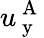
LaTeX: u_{\mathrm{~y~}}^{\mathrm{~A~}}